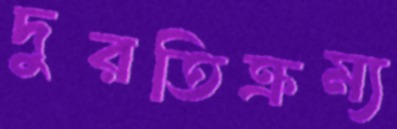
দুরতিক্রম্য